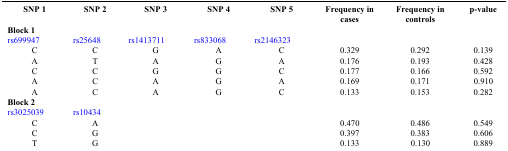
| SNP 1 | SNP 2 | SNP 3 | SNP 4 | SNP 5 | Frequency in cases | Frequency in controls | p-value |
 | --- | --- | --- | --- | --- | --- | --- | --- |
 | <COLSPAN=8> Block 1 |
 | rs699947 | rs25648 | rs1413711 | rs833068 | rs2146323 |  |  |  |
 | C | C | G | A | C | 0.329 | 0.292 | 0.139 |
 | A | T | A | G | A | 0.176 | 0.193 | 0.428 |
 | C | C | G | G | C | 0.177 | 0.166 | 0.592 |
 | A | C | A | G | A | 0.169 | 0.171 | 0.910 |
 | A | C | A | G | C | 0.133 | 0.153 | 0.282 |
 | <COLSPAN=8> Block 2 |
 | rs3025039 | rs10434 |  |  |  |  |  |  |
 | C | A |  |  |  | 0.470 | 0.486 | 0.549 |
 | C | G |  |  |  | 0.397 | 0.383 | 0.606 |
 | T | G |  |  |  | 0.133 | 0.130 | 0.889 |